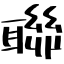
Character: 聯